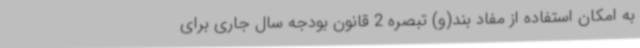
به امکان استفاده از مفاد بند(و) تبصره 2 قانون بودجه سال جاری برای